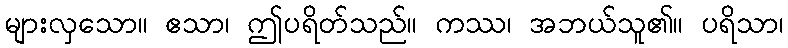
များလှသော။ ဧသာ၊ ဤပရိတ်သည်။ ကဿ၊ အဘယ်သူ၏။ ပရိသာ၊